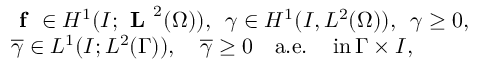
\begin{array} { r l } & { \textbf { f } \in H ^ { 1 } ( I ; \textbf { L } ^ { 2 } ( \Omega ) ) , \, \, \, \gamma \in H ^ { 1 } ( I , L ^ { 2 } ( \Omega ) ) , \, \, \, \gamma \ge 0 , } \\ & { \overline { { \gamma } } \in L ^ { 1 } ( I ; L ^ { 2 } ( \Gamma ) ) , \quad \overline { { \gamma } } \ge 0 \quad \mathrm { a . e . ~ \, \, \, ~ i n } \, \Gamma \times I , } \end{array}